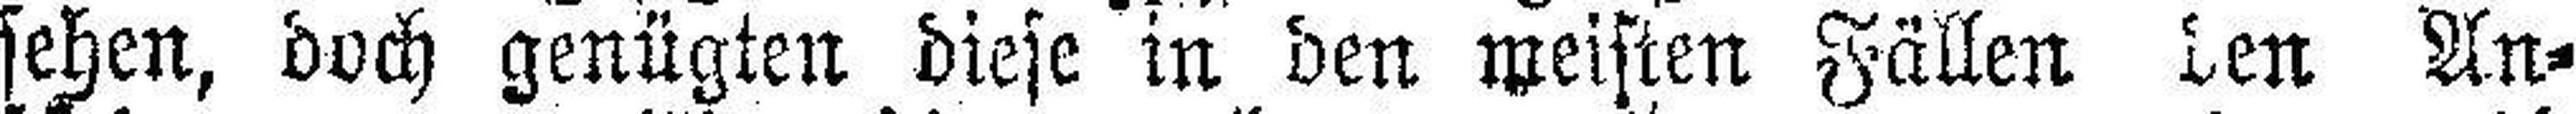
sehen, doch genügten diese in den meisten Fällen den An¬